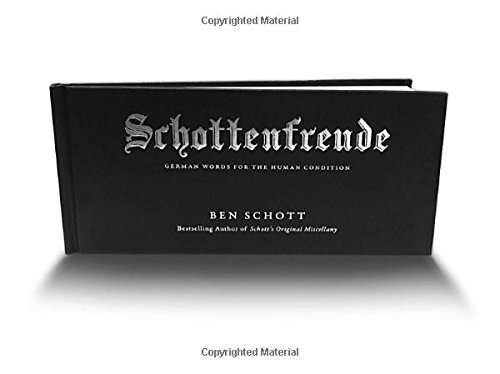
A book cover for Schottenfreude: German Words for the Human Condition; Ben Schott; Humor & Entertainment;